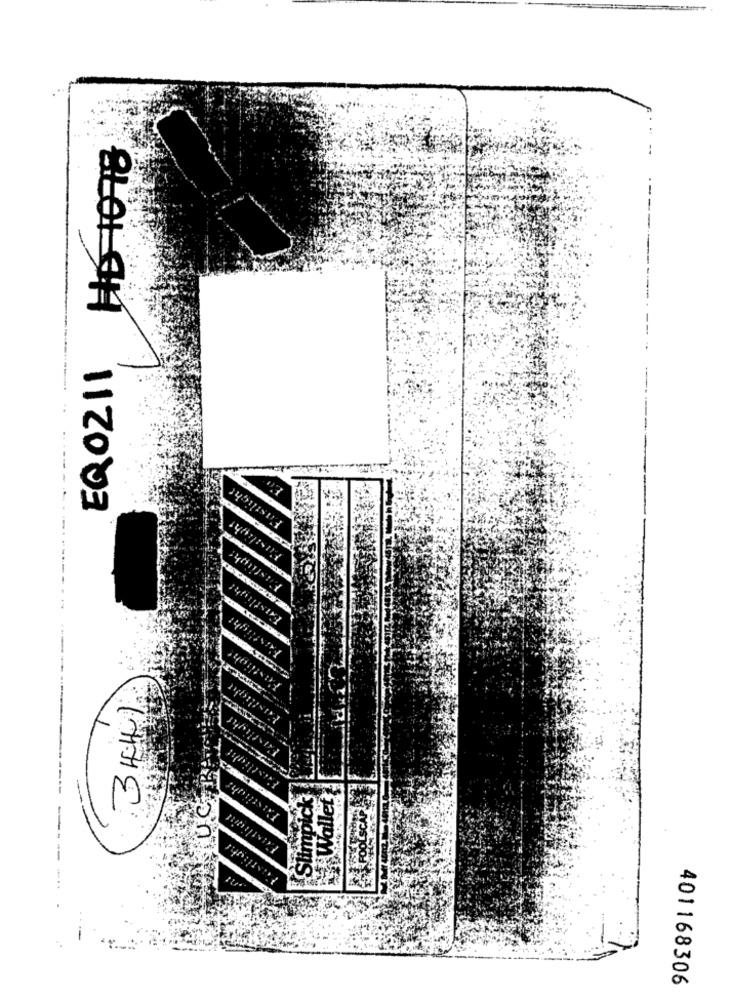
EQ0211
3441
Slimpick
Wallet
401168306